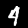
Digit: 4